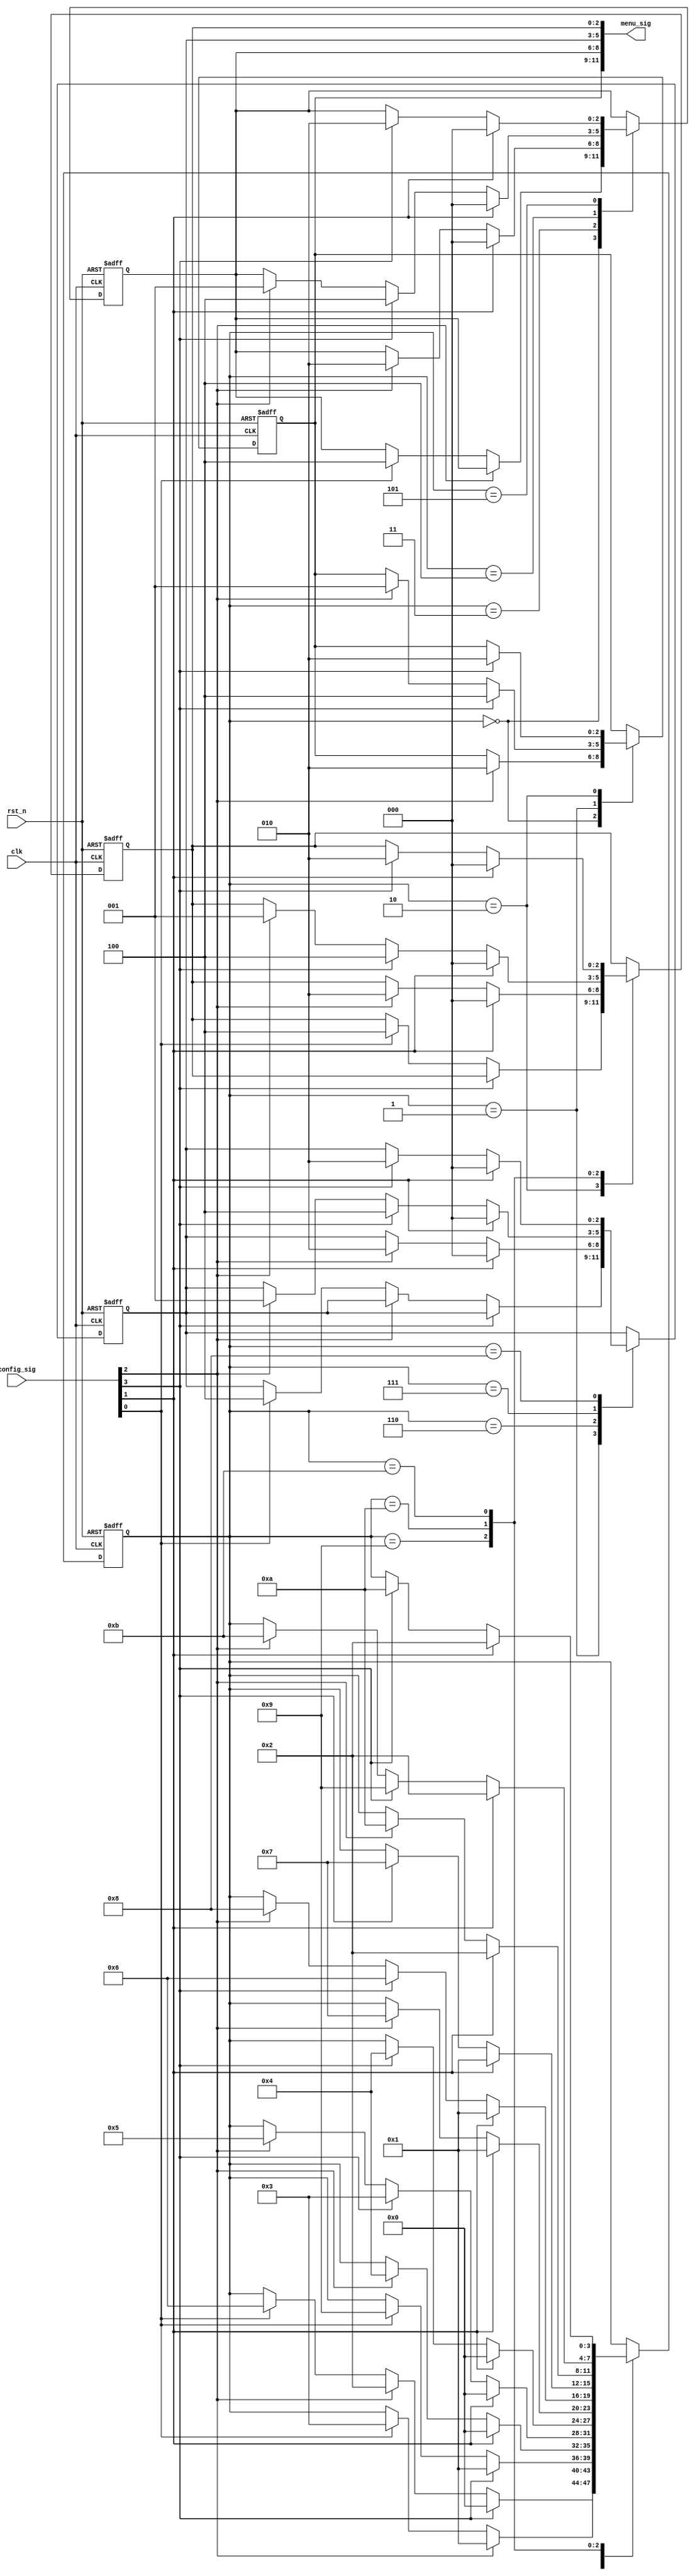


module led_gui_menu
(
    input clk,
    input rst_n,
    
    input [3:0] config_sig,  //[3]up [2]down [1]left [0]right
    output [11:0] menu_sig   //[11:9]menu [8:6]menuA [5:3]menuB [2:0]menuC
);
    
    /**********************************/
    //
    //[3]up [2]down -- ()
    //[1]left [0]right -- 
    /**********************************/
    
    reg [3:0] i;
    reg [2:0] menu;     //
    reg [2:0] menuA;
    reg [2:0] menuB;
    reg [2:0] menuC;
    
    
    always @(posedge clk or negedge rst_n)
    begin
        if(~rst_n)
        begin
            i <= 4'd0;
            menu <= 3'b100;
            menuA <= 3'b000;
            menuB <= 3'b000;
            menuC <= 3'b000;
        end
        else
        begin
            case(i)
            
                //menuA
                0:
                if(config_sig[2]) //menuA -> menuB
                begin
                    i <= 1;
                    menu <= 3'b010;
                end
                else if(config_sig[0]) //->
                begin
                    i <= 3;
                    menuA <= 3'b100;
                end
                
                //menuB
                1:
                if(config_sig[3]) //menuB -> menuA
                begin
                    i <= 0;
                    menu <= 3'b100;
                end
                else if(config_sig[2]) //menuB -> menuC
                begin
                    i <= 2;
                    menu <= 3'b001;
                end
                else if(config_sig[0]) //->
                begin
                    i <= 6;
                    menuB <= 3'b100;
                end
                
                //menuC
                2:
                if(config_sig[3]) //menuC -> menuB
                begin
                    i <= 1;
                    menu <= 3'b010;
                end
                else if(config_sig[0]) //->
                begin
                    i <= 9;
                    menuC <= 3'b100;
                end
                
                /*********/
                
                //menuAA
                3:
                if(config_sig[1])   //->
                begin
                    i <= 0;
                    menuA <= 3'b000;
                end
                else if(config_sig[2])  //->right
                begin
                    menuA <= 3'b010;
                    i <= 4;
                end
                
                //menuAB
                4:
                if(config_sig[1])   //->
                begin
                    i <= 0;
                    menuA <= 3'b000;
                end
                else if(config_sig[3]) //->left
                begin
                    menuA <= 3'b100;
                    i <= 3;
                end
                else if(config_sig[2]) //->right
                begin
                    menuA <= 3'b001;
                    i <= 5;
                end
                
                
                //menuAC
                5:
                if(config_sig[1])   //->
                begin
                    i <= 0;
                    menuA <= 3'b000;
                end
                else if(config_sig[3]) //->left
                begin
                    i <= 4;
                    menuA <= 3'b010;
                end
                
                /*********/
                
                //menuBA
                6:
                if(config_sig[1])   //->
                begin
                    i <= 1;
                    menuB <= 3'b000;
                end
                else if(config_sig[2])  //->right
                begin
                    menuB <= 3'b010;
                    i <= 7;
                end
                
                //menuBB
                7:
                if(config_sig[1])   //->
                begin
                    i <= 1;
                    menuB <= 3'b000;
                end
                else if(config_sig[3]) //->left
                begin
                    menuB <= 3'b100;
                    i <= 6;
                end
                else if(config_sig[2]) //->right
                begin
                    menuB <= 3'b001;
                    i <= 8;
                end
                
                //menuBC
                8:
                if(config_sig[1])   //->
                begin
                    i <= 1;
                    menuB <= 3'b000;
                end
                else if(config_sig[3]) //->left
                begin
                    i <= 7;
                    menuB <= 3'b010;
                end
                
                /*********/
                
                //menuCA
                9:
                if(config_sig[1])   //->
                begin
                    i <= 2;
                    menuC <= 3'b000;
                end
                else if(config_sig[2])  //->right
                begin
                    menuC <= 3'b010;
                    i <= 10;
                end
                
                //menuCB
                10:
                if(config_sig[1])   //->
                begin
                    i <= 2;
                    menuC <= 3'b000;
                end
                else if(config_sig[3]) //->left
                begin
                    menuC <= 3'b100;
                    i <= 9;
                end
                else if(config_sig[2]) //->right
                begin
                    menuC <= 3'b001;
                    i <= 11;
                end
                
                //menuCC
                11:
                if(config_sig[1])   //->
                begin
                    i <= 2;
                    menuC <= 3'b000;
                end
                else if(config_sig[3]) //->left
                begin
                    i <= 10;
                    menuC <= 3'b010;
                end
                
            endcase
        end
    end
    
    
    assign menu_sig = {menu, menuA, menuB, menuC};

endmodule